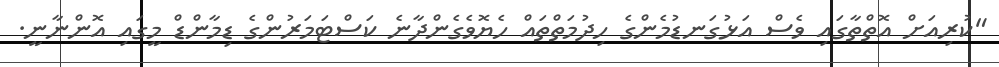
"ކުރިއަށް އޮތްތާގައި ވެސް އަޅުގަނޑުމެންގެ ހިދުމަތްތައް ހެޔޮވެގެންދާނެ ކަސްޓަމަރުންގެ ޑިމާންޑް މީގައި އޮންނާނީ.